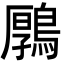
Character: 𪃱